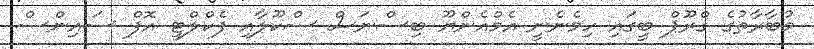
މުބާރާތުގެ ގްރޫޕް ބީގައި ހިމެނެނީ އެމްއެންޔޫ ބިސްނަސް ސްކޫލާއި ފެކްލްޓީ އޮފް ސައިންސް